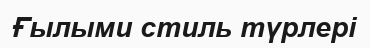
Ғылыми стиль түрлері